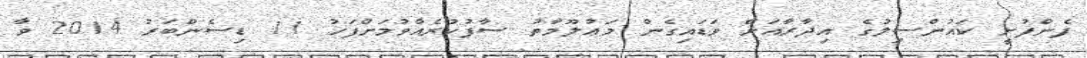
ފެންފުށީ ކައުންސިލުގެ އިދާރާއަށް ވަޑައިގެން މަޢުލޫމާތު ސާފުކުރެއްވުމަށްފަހު 11 ޑިސެންބަރު 2014 ވާ